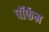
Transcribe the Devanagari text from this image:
पॉर्फम